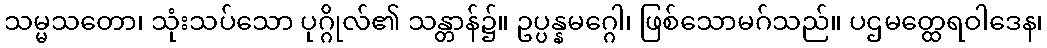
သမ္မသတော၊ သုံးသပ်သော ပုဂ္ဂိုလ်၏ သန္တာန်၌။ ဥပ္ပန္နမဂ္ဂေါ၊ ဖြစ်သောမဂ်သည်။ ပဌမတ္ထေရဝါဒေန၊